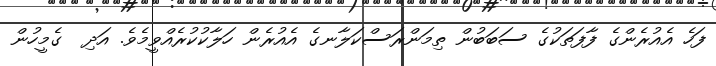
ފަހެ އެއުރެންގެ ފާފަތަކުގެ ސަބަބުން ތިމަންރަސްކަލާނގެ އެއުރެން ހަލާކުކުރެއްވީމެވެ. އަދި  ގެމީހުން